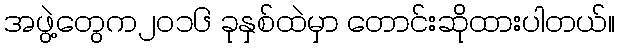
အဖွဲ့တွေက၂၀၁၆ ခုနှစ်ထဲမှာ တောင်းဆိုထားပါတယ်။